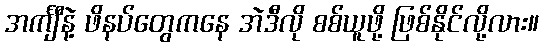
အင်္ကျီနဲ့ ဖိနပ်တွေကနေ အဲဒီလို စစ်ယူဖို့ ဖြစ်နိုင်လို့လား။